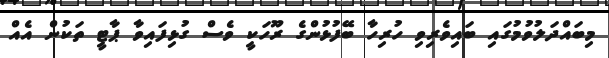
މިބައްދަލުވުމުގައި ބައިވެރިވި ހުރިހާ ބޭފުޅުންގެ ރޫހަކީ ވެސް ގުޅިފައިވާ ޕާޓީ ތަކުން އެއް